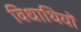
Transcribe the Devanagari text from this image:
विधाथियों